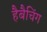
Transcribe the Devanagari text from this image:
हैबैचिंग